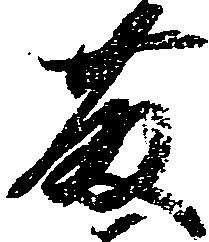
藤